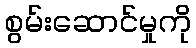
စွမ်းဆောင်မှုကို